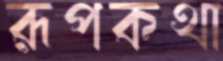
রূপকথা